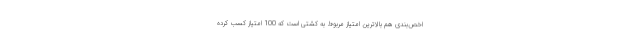
اخص‌بندی هم بالاترین امتیاز مربوط به کشتی است که 100 امتیاز کسب کرده